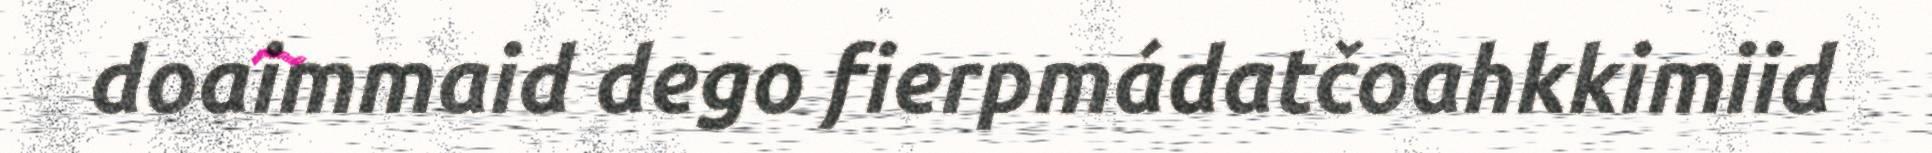
doaimmaid dego fierpmádatčoahkkimiid